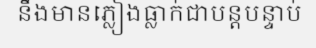
នឹងមានភ្លៀងធ្លាក់ជាបន្តបន្ទាប់